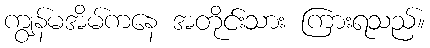
ကျွန်မအိမ်ကနေ အတိုင်းသား ကြားရသည်။